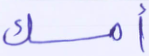
أمسك